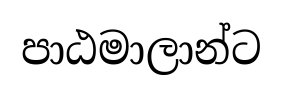
පාඨමාලාන්ට